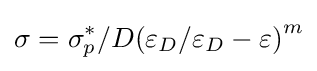
\sigma =\sigma _{p}^{*}/D{(\varepsilon _{D}/\varepsilon _{D}-\varepsilon )}^{m}